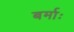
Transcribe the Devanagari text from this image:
बर्माः